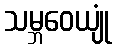
သမ္ဘဝေယျုံ